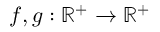
f , g : \mathbb { R } ^ { + } \rightarrow \mathbb { R } ^ { + }